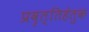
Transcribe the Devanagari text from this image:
प्रवृत्तिहेतुक